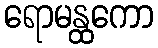
ရောမန္ထကော